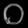
Digit: ၀